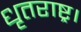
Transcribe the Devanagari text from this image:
धृतराष्ट्र।